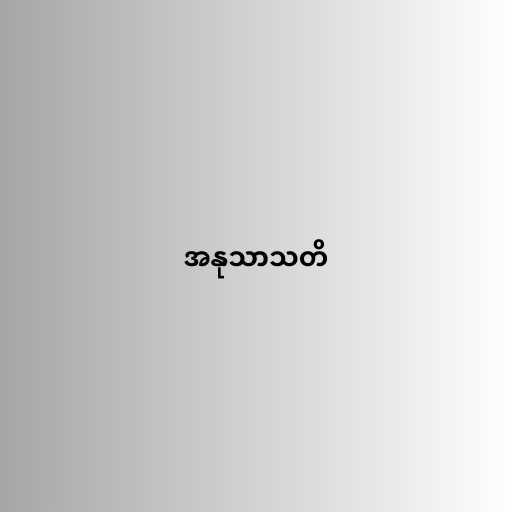
အနုသာသတိ